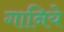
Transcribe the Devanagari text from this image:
गानिये